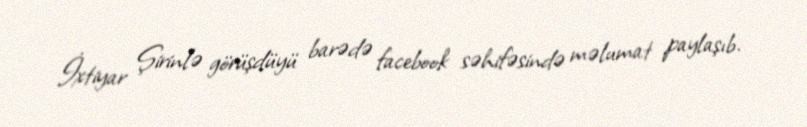
İxtiyar Şirinlə görüşdüyü barədə facebook səhifəsində məlumat paylaşıb.